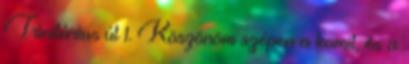
Trinitárius út 1. Köszönöm szépen a komit, és a